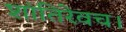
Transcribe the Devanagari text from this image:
शांतिरेवच।